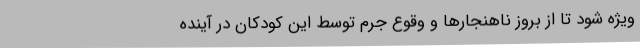
ویژه شود تا از بروز ناهنجارها و وقوع جرم توسط این کودکان در آینده